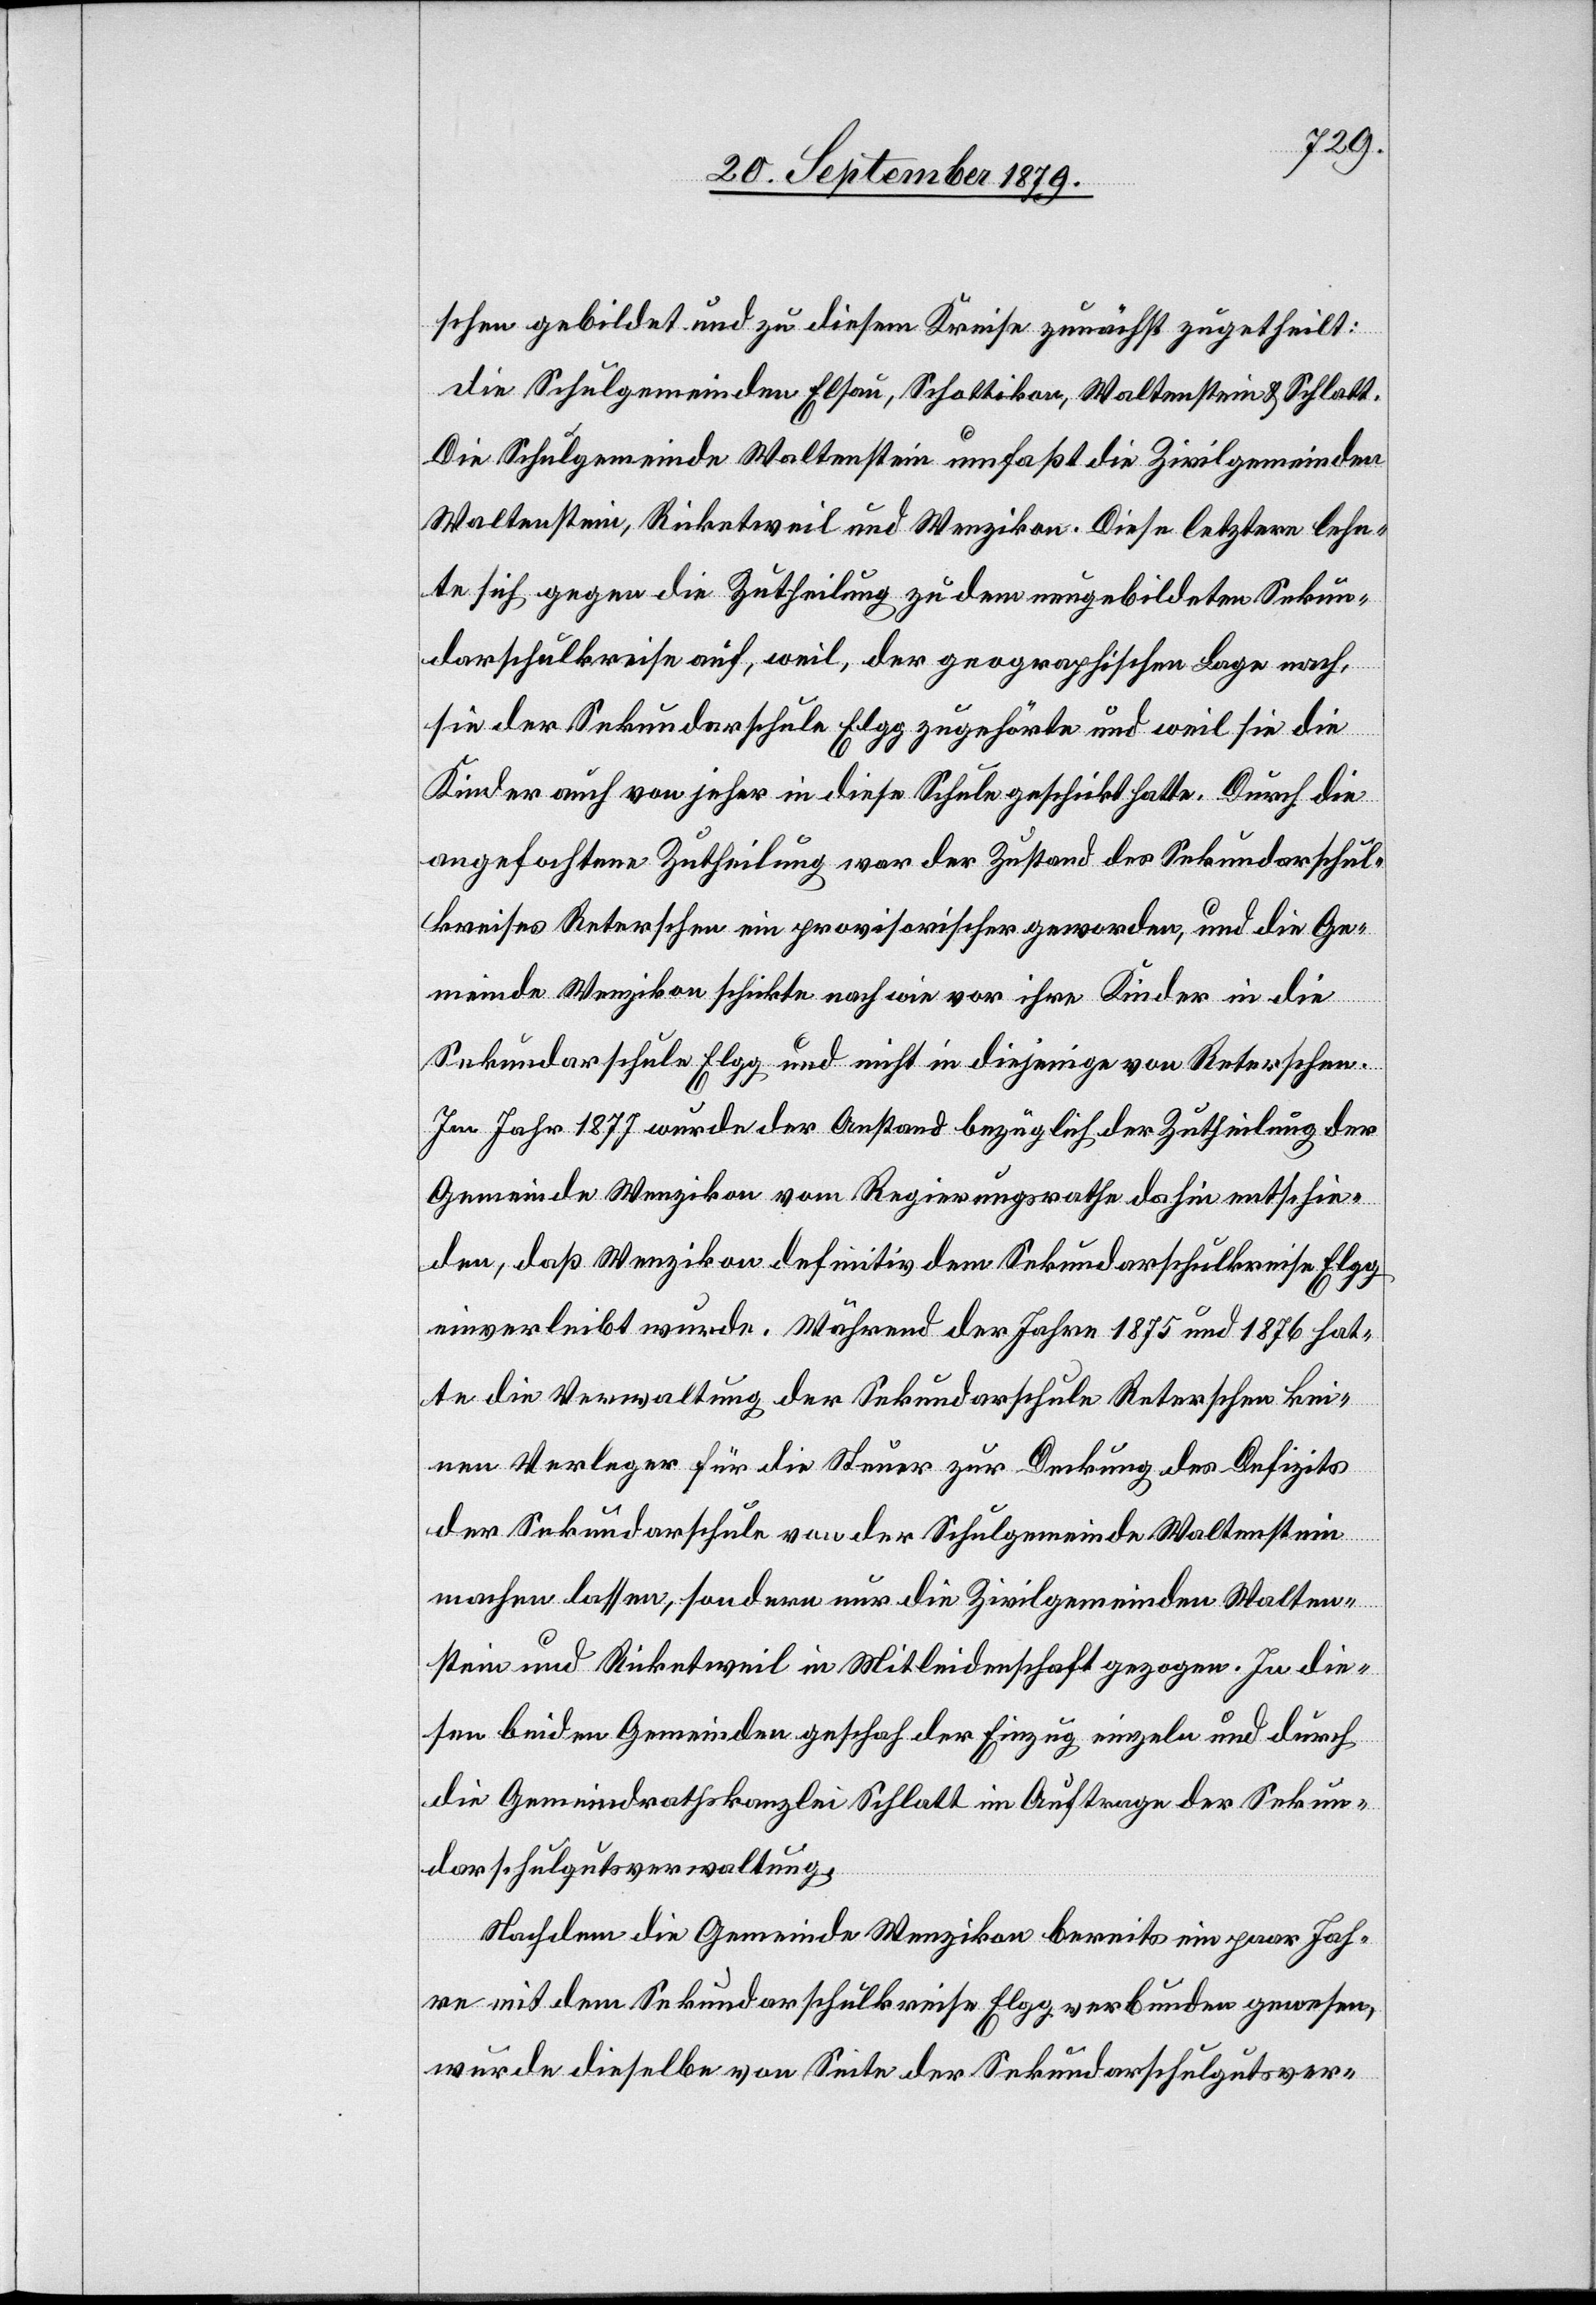
schen gebildet und zu diesem Kreise zunächst zugetheilt:
die Schulgemeinden Elsau, Schottikon, Waltenstein & Schlatt.
Die Schulgemeinde Waltenstein umfaßt die Zivilgemeinden
Waltenstein, Ricketsweil und Wenzikon. Diese letztere lehn¬
te sich gegen die Zutheilung zu dem neugebildeten Sekun¬
darschulkreise auf, weil, der geographischen Lage nach,
sie der Sekundarschule Elgg zugehörte und weil sie die
Kinder auch von jeher in diese Schule geschickt hatte. Durch die
angefochtene Zutheilung war der Zustand des Sekundarschul¬
kreises Reterschen ein provisorischer geworden, und die Ge¬
meinde Wenzikon schickte nach wie vor ihre Kinder in die
Sekundarschule Elgg und nicht in diejenige von Reterschen.
Im Jahr 1877 wurde der Anstand bezüglich der Zutheilung der
Gemeinde Wenzikon vom Regierungsrathe dahin entschie¬
den, daß Wenzikon definitiv dem Sekundarschulkreise Elgg
einverleibt wurde. Während der Jahre 1875 und 1876 hat¬
te die Verwaltung der Sekundarschule Reterschen kei¬
nen Verleger für die Steuer zur Deckung des Defizits
der Sekundarschule von der Schulgemeinde Waltenstein
machen lassen, sondern nur die Zivilgemeinden Walten¬
stein und Ricketsweil in Mitleidenschaft gezogen. In die¬
sen beiden Gemeinden geschah der Einzug einzeln und durch
die Gemeindrathskanzlei Schlatt im Auftrage der Sekun¬
darschulgutsverwaltung.
Nachdem die Gemeinde Wenzikon bereits ein paar Jah¬
re mit dem Sekundarschulkreise Elgg verbunden gewesen,
wurde dieselbe von Seite der Sekundarschulgutsver-